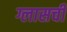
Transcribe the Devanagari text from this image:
ग्लासची